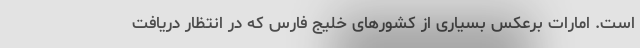
است. امارات برعکس بسیاری از کشورهای خلیج فارس که در انتظار دریافت